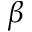
\beta